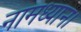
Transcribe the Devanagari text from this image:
नामध्यान।